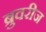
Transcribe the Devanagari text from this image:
ब्रुवरीज